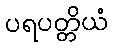
ပရပတ္တိယံ